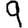
Digit: 9